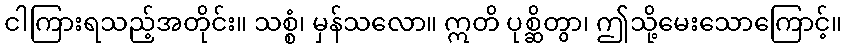
ငါကြားရသည့်အတိုင်း။ သစ္စံ၊ မှန်သလော။ ဣတိ ပုစ္ဆိတွာ၊ ဤသို့မေးသောကြောင့်။